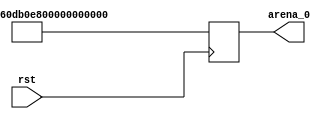
module initialize(
	arena_0,
    rst
);

	output reg [99:0] arena_0;

    input rst;
    // output reg [1:0] healthB;
	reg [3:0] i,j;

    always @ (posedge rst)
    begin
        // initialize arena and bombs
        for (i = 0; i < 10; i = i+1) begin
	    	for (j = 0; j < 10; j = j+1) begin
                if (i == 0 || i == 9 || j == 0 || j == 9) begin
                    arena_0[i*10+j] <= 1;
                end
                else begin
                    arena_0[i*10+j] <= 0;
                end
	    	end
        end
 
        // initialize players and blcks
        arena_0[13] <= 1; // blocks
        arena_0[17] <= 1;
        arena_0[24] <= 1;
        arena_0[32] <= 1;
        arena_0[34] <= 1;
        arena_0[38] <= 1;
        arena_0[46] <= 1;
        arena_0[51] <= 1;
        arena_0[56] <= 1;
        arena_0[57] <= 1;
        arena_0[62] <= 1;
        arena_0[63] <= 1;
        arena_0[76] <= 1;
        arena_0[84] <= 1;
    end  

endmodule